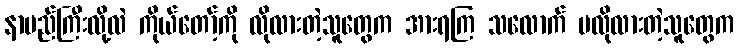
နာမည်ကြီးလို့လဲ ကိုယ်တော့်ကို လိုလားတဲ့သူတွေက အားရကြ သလောက် မလိုလားတဲ့သူတွေက